Vabadussoja_Ajaloo_Komitee, lk 41
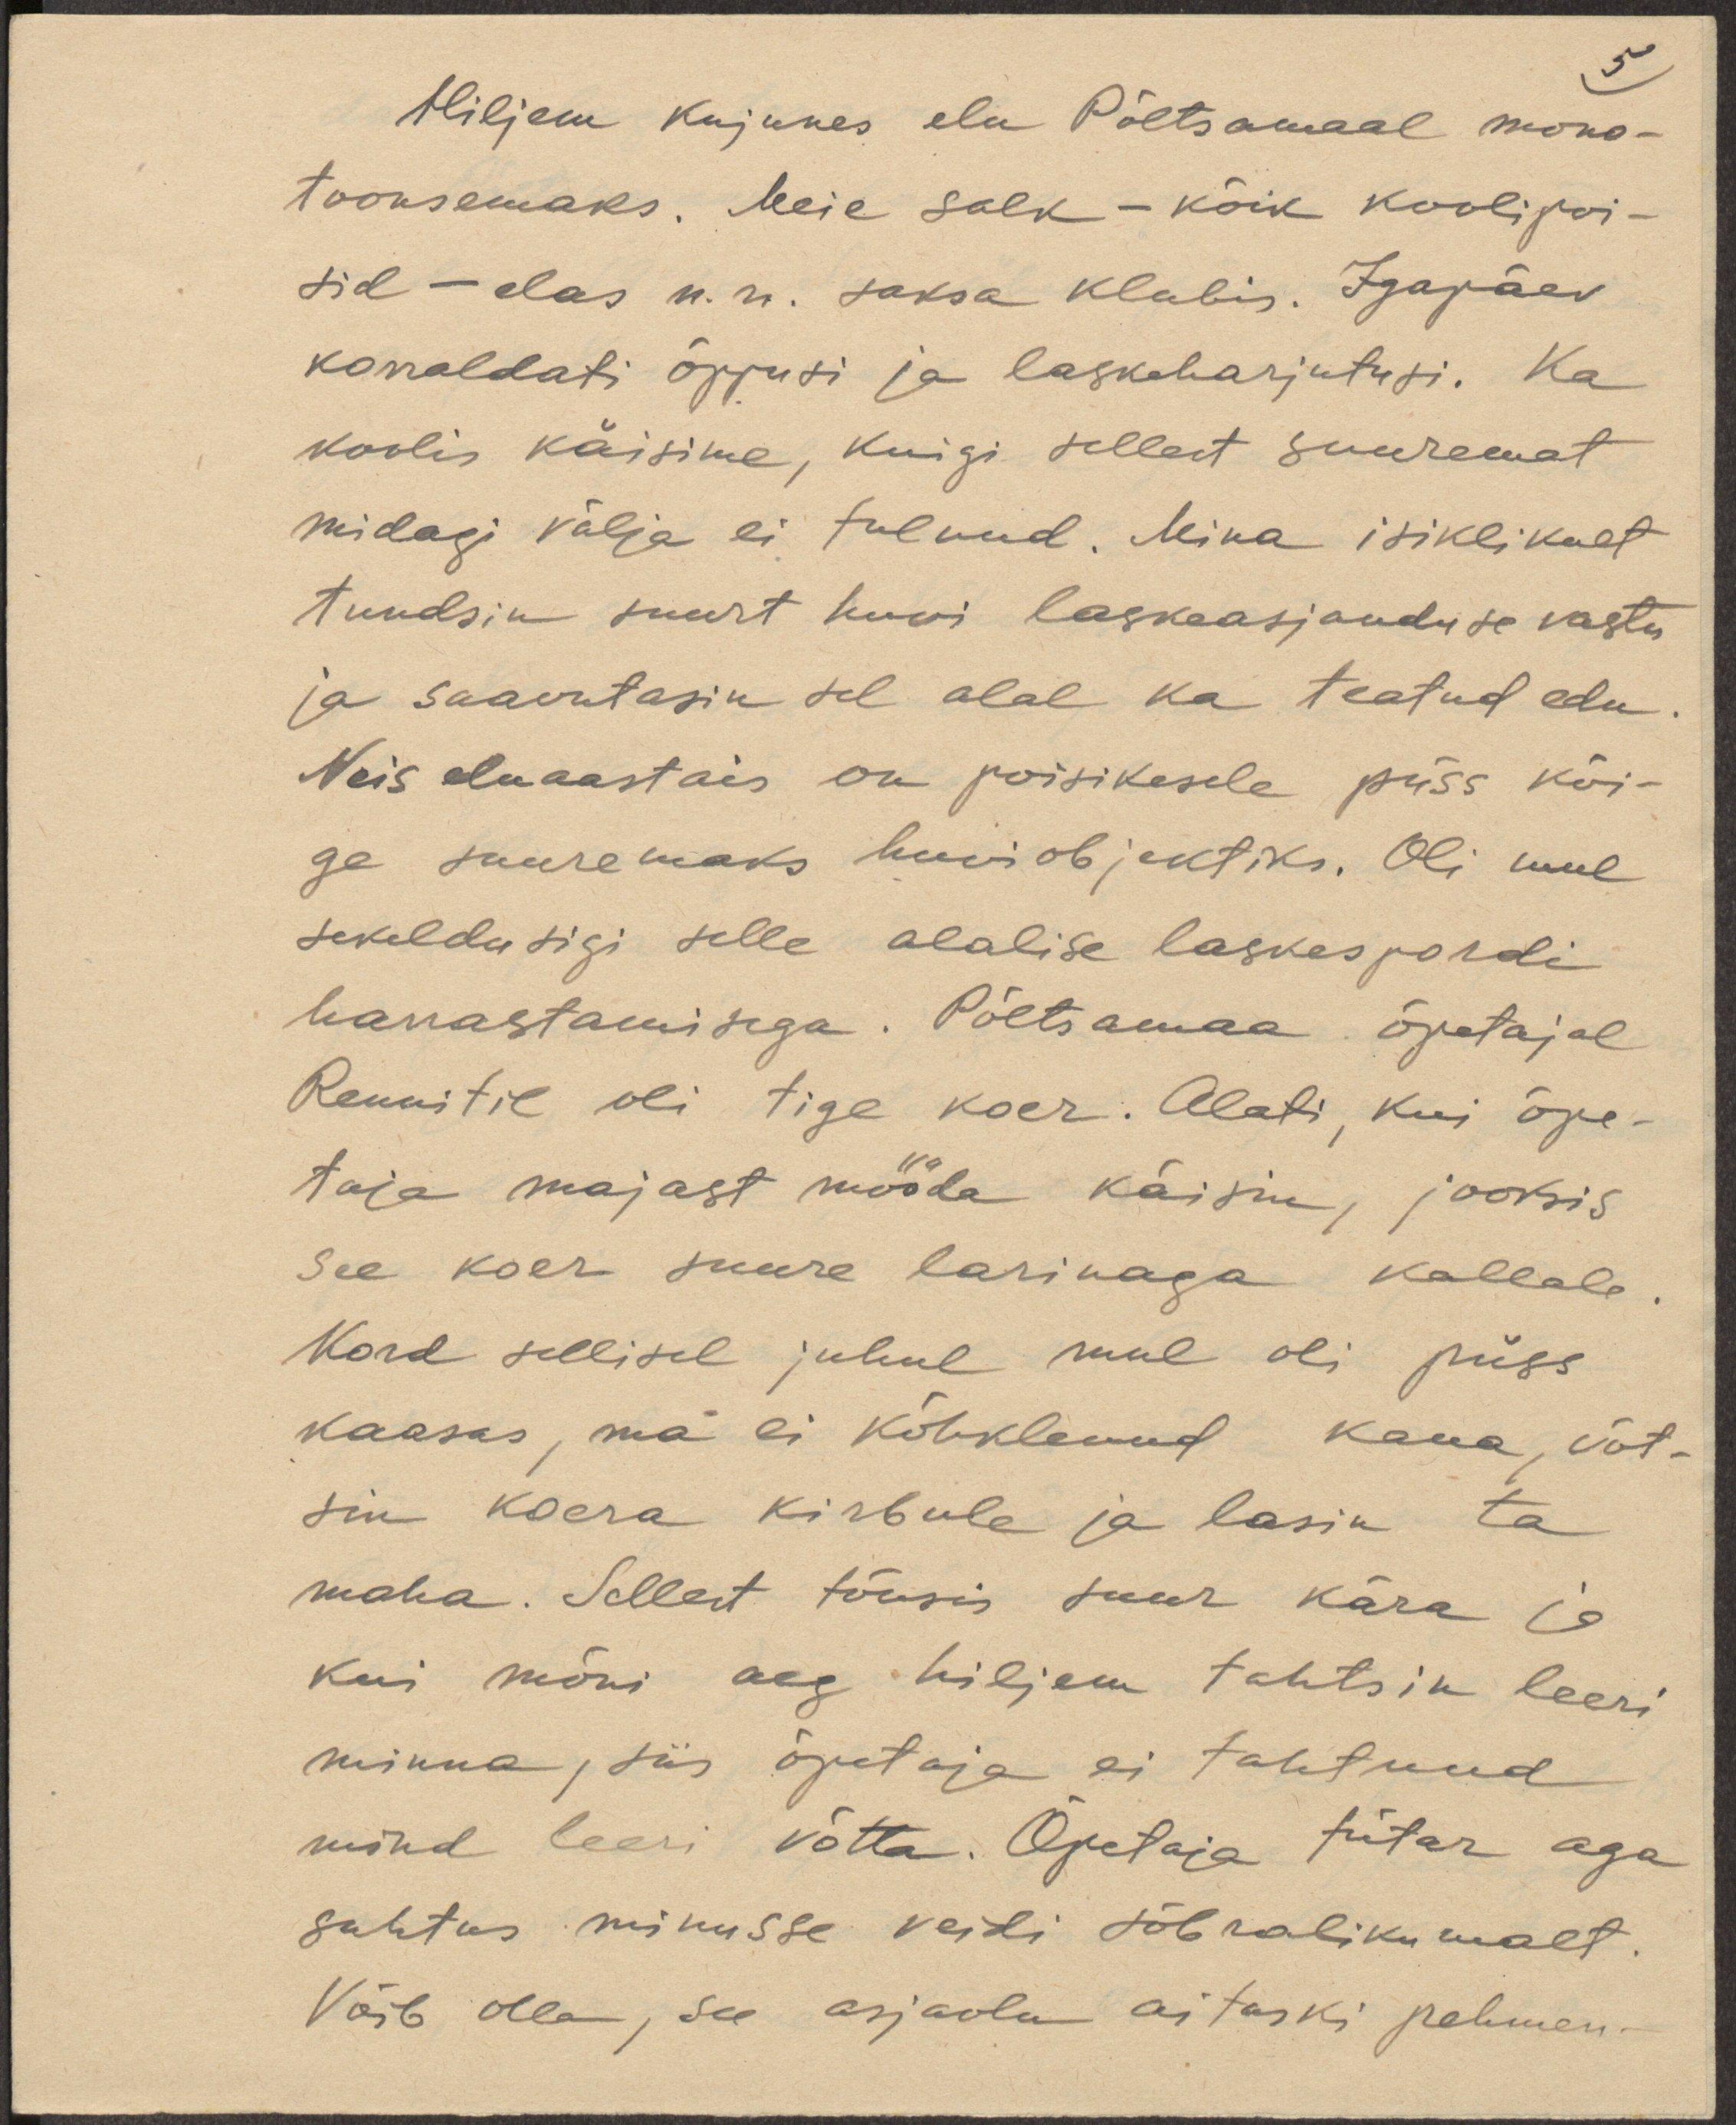
5
Hiljem kujunes elu Põltsamaal mono-
toonsemaks. Meie salk - kõik koolipoi-
sid - elas n. n. saksa klubis. Igapäev
korraldati õppusi ja laskeharjutusi. Ka
koolis käisime, kuigi sellest suuremat
midagi välja ei tulnud. Mina isiklikult
tundsin suurt huvi laskeasjanduse vastu
ja saavutasin sel alal ka teatud edu.
Neis eluaastais on poisikesele püss kõi-
ge suuremaks huviobjektiks. Oli mul
sekeldusigi selle alalise laskespordi
harrastamisega. Põltsamaa õpetajal
Rennitil oli tige koer. Alati, kui õpe-
taja majast mööda käisin, jooksis
see koer suure larinaga kallale.
Kord sellisel juhul mul oli püss
kaasas, ma ei kõhklenud kaua, võt-
sin koera kirbule ja lasin ta
maha. Sellest tõusis suur kära ja 
kui mõni aeg hiljem tahtsin leeri
minna, siis õpetaja ei tahtnud
mind leeri võtta. Õpetaja tütar aga
suhtus minusse veidi sõbralikumalt.
Võib olla, see asjaolu aitaski pehmen-